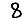
Digit: 8